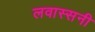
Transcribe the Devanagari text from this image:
लवास्सनी